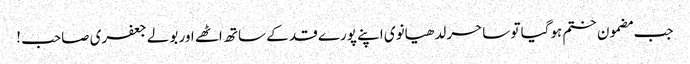
جب مضمون ختم ہوگیا تو ساحر لدھیانوی اپنے پورے قد کے ساتھ اٹھے اور بولے جعفری صاحب !